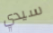
سيدي